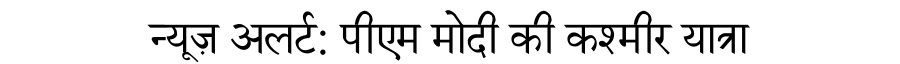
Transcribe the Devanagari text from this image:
न्यूज़ अलर्ट: पीएम मोदी की कश्मीर यात्रा